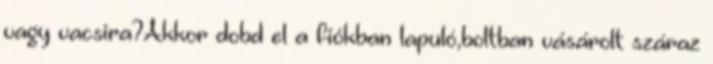
vagy vacsira?Akkor dobd el a fiókban lapuló,boltban vásárolt száraz